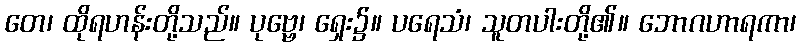
တေ၊ ထိုရဟန်းတို့သည်။ ပုဗ္ဗေ၊ ရှေး၌။ ပရေသံ၊ သူတပါးတို့၏။ ဘောဂဟာရကာ၊